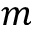
m